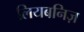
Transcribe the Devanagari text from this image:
लियबनिज़